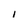
Character: I